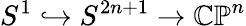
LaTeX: S^{1}\hookrightarrow S^{2n+1}\to\mathbb{CP}^{n}